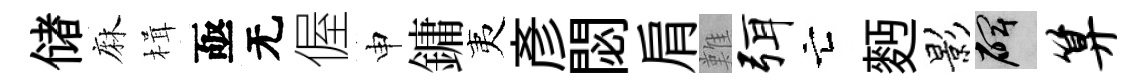
储麻楫亟无偓申鏞夷彥閟肩難弭亡麪影碑算